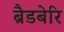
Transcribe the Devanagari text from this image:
ब्रैडबेरि